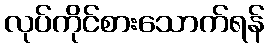
လုပ်ကိုင်စားသောက်ရန်